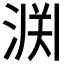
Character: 𫞘